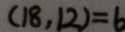
( 1 8 , 1 2 ) = 6